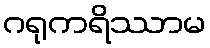
ဂရုကရိဿာမ